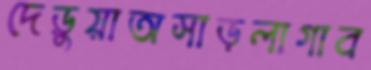
দেড়ুয়াঅসাড়লাগাব